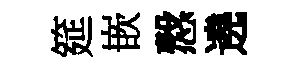
筵嵌慤遶